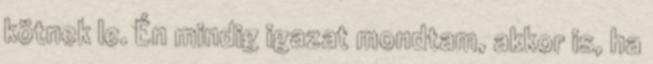
kötnek le. Én mindig igazat mondtam, akkor is, ha